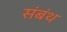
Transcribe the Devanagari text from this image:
संबंथ